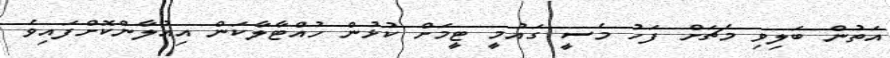
އަތުން ބަލިވި މެޗަށް ފަހު މެސީ ގައުމީ ޓީމަށް ކުޅުން ހުއްޓާލާކަން އިއުލާންކޮށްފައިވެ